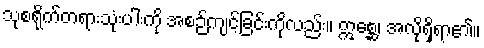
သုစရိုက်တရားသုံးပါးကို အစဉ်ကျင့်ခြင်းကိုလည်း။ ဣစ္ဆေ၊ အလိုရှိရာ၏။